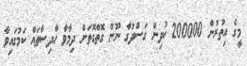
މީގެ އިތުރުން 200000 ކުދިން ގަސްދުގާ ނޫން ގޮތްގޮތަށް ދިމާވާ ހާދިސާތައް ކަމުގައިވާ